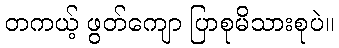
တကယ့် ဖွတ်ကျော ပြာစုမိသားစုပဲ။